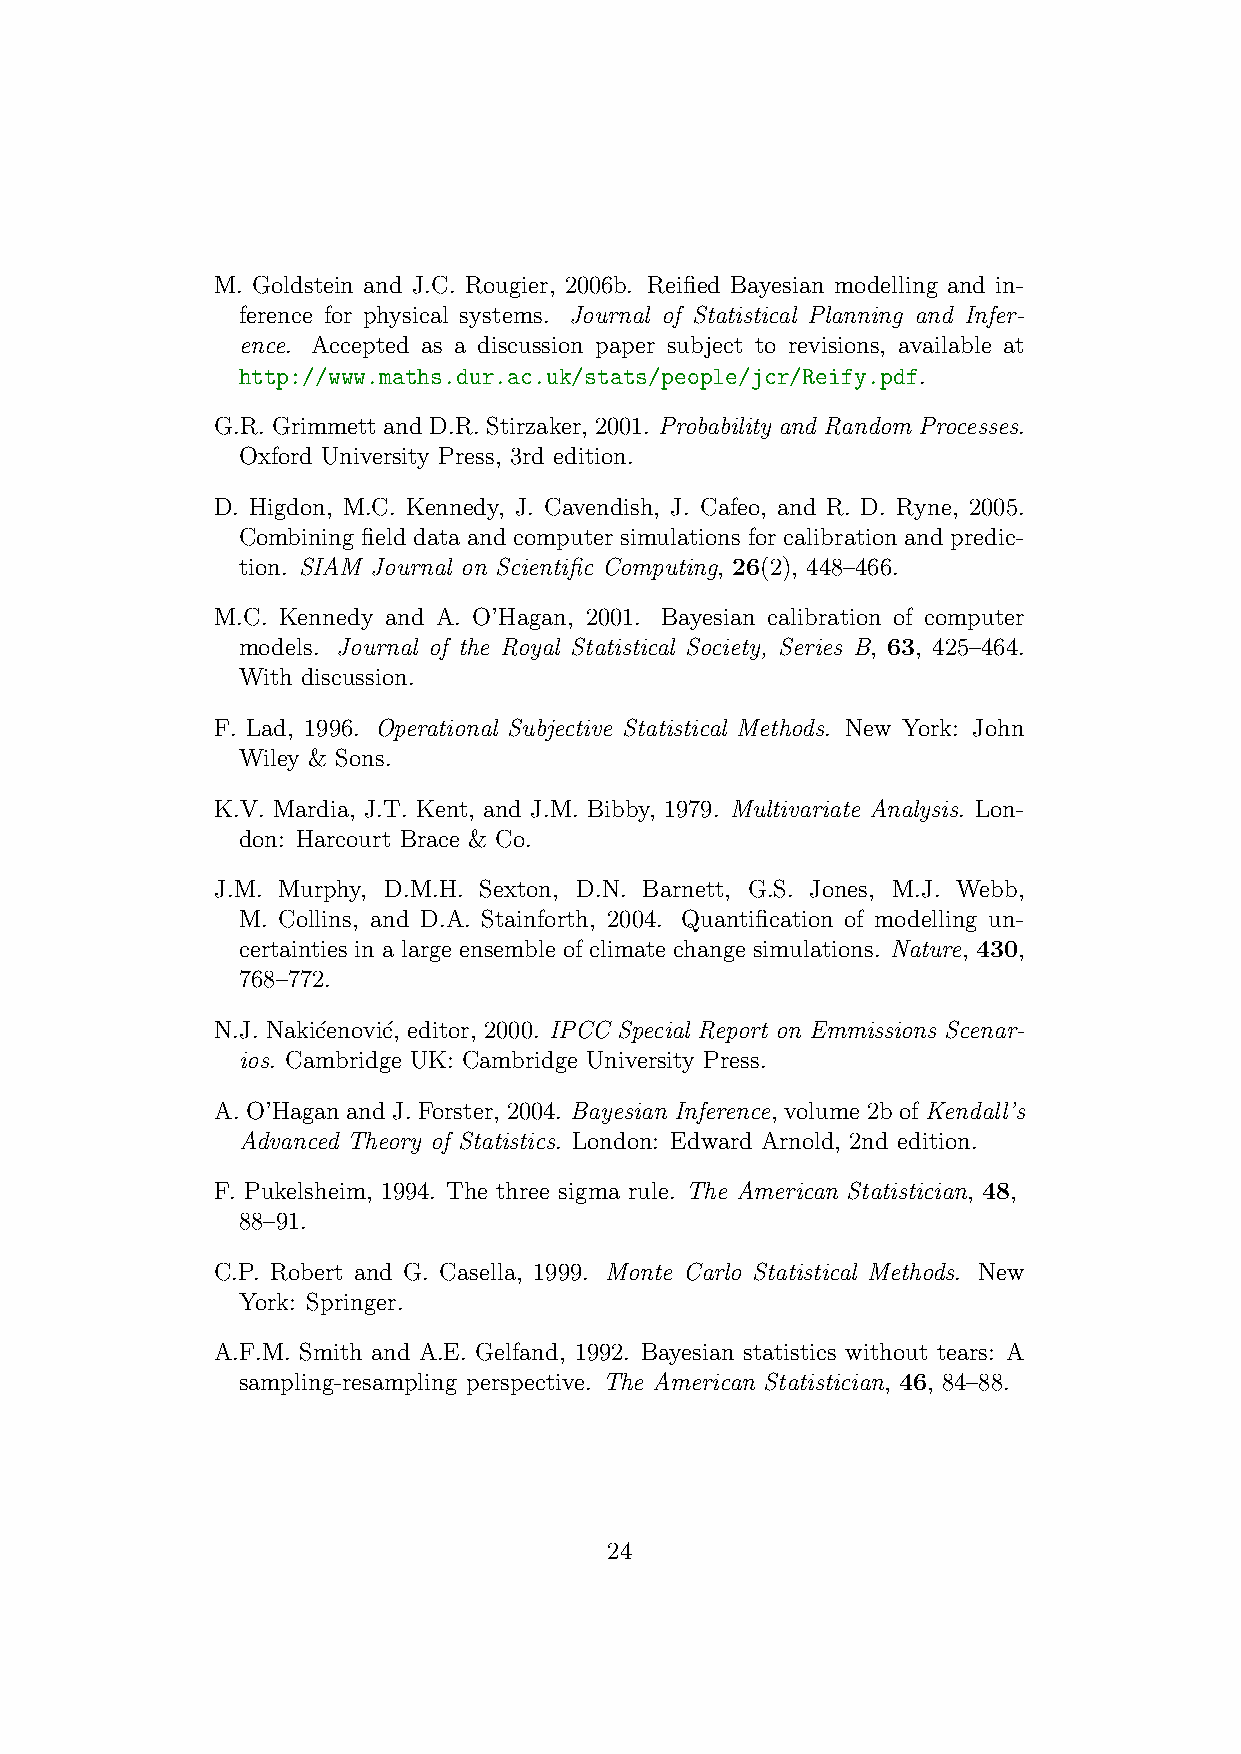
M. Goldstein and J.C. Rougier, 2006b. Reified Bayesian modelling and in-
 ference for physical systems. Journal of Statistical Planning and Infer-
 ence. Accepted as a discussion paper subject to revisions, available at
 http://www.maths.dur.ac.uk/stats/people/jcr/Reify.pdf.
 G.R. Grimmett and D.R. Stirzaker, 2001. Probability and Random Processes.
 Oxford University Press, 3rd edition.
 D. Higdon, M.C. Kennedy, J. Cavendish, J. Cafeo, and R. D. Ryne, 2005.
 Combining field data and computer simulations for calibration and predic-
 tion. SIAM Journal on Scientific Computing, 26(2), 448–466.
 M.C. Kennedy and A. O’Hagan, 2001. Bayesian calibration of computer
 models. Journal of the Royal Statistical Society, Series B, 63, 425–464.
 With discussion.
 F. Lad, 1996. Operational Subjective Statistical Methods. New York: John
 Wiley & Sons.
 K.V. Mardia, J.T. Kent, and J.M. Bibby, 1979. Multivariate Analysis. Lon-
 don: Harcourt Brace & Co.
 J.M. Murphy, D.M.H. Sexton, D.N. Barnett, G.S. Jones, M.J. Webb,
 M. Collins, and D.A. Stainforth, 2004. Quantification of modelling un-
 certainties in a large ensemble of climate change simulations. Nature, 430,
 768–772.
 N.J. Naki´cenovi´c, editor, 2000. IPCC Special Report on Emmissions Scenar-
 ios. Cambridge UK: Cambridge University Press.
 A. O’Hagan and J. Forster, 2004. Bayesian Inference, volume 2b of Kendall’s
 Advanced Theory of Statistics. London: Edward Arnold, 2nd edition.
 F. Pukelsheim, 1994. The three sigma rule. The American Statistician, 48,
 88–91.
 C.P. Robert and G. Casella, 1999. Monte Carlo Statistical Methods. New
 York: Springer.
 A.F.M. Smith and A.E. Gelfand, 1992. Bayesian statistics without tears: A
 sampling-resampling perspective. The American Statistician, 46, 84–88.
 24